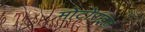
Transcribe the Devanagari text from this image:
मोटोराइज़